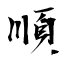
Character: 順